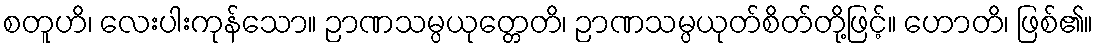
စတူဟိ၊ လေးပါးကုန်သော။ ဉာဏသမ္ပယုတ္တေတိ၊ ဉာဏသမ္ပယုတ်စိတ်တို့ဖြင့်။ ဟောတိ၊ ဖြစ်၏။